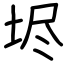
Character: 𡋤